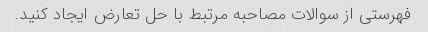
فهرستی از سوالات مصاحبه مرتبط با حل تعارض ایجاد کنید.